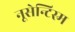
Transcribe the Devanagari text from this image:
नूसेन्टिस्म